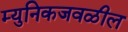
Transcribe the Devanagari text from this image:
म्युनिकजवळील